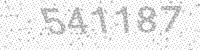
Solution: 541187